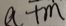
a + m